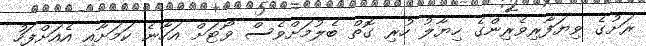
ރަށުގެ ވިޔަފާރިވެރިންގެ ހިޔާލު ހުރި ގޮތް ބެލުމަށްވެސް ވޯޓަށް އަހާނެ ކަމަށާއި އެއަށްފަހު